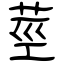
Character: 莖